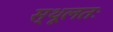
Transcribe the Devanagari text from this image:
स्थूलतः